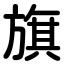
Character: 旗